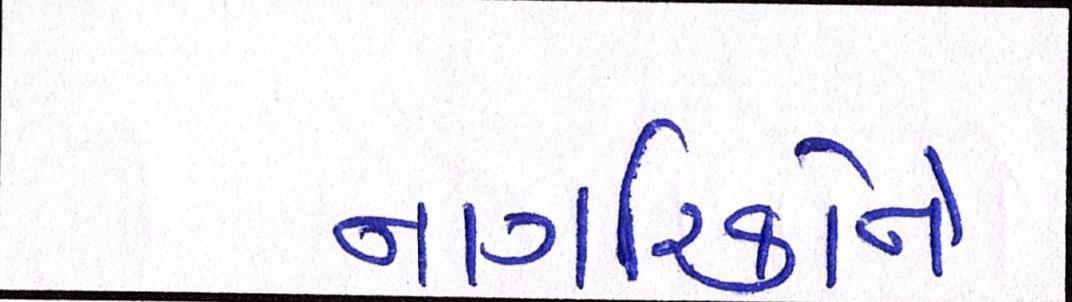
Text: નાગરિકોને